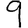
Digit: 9